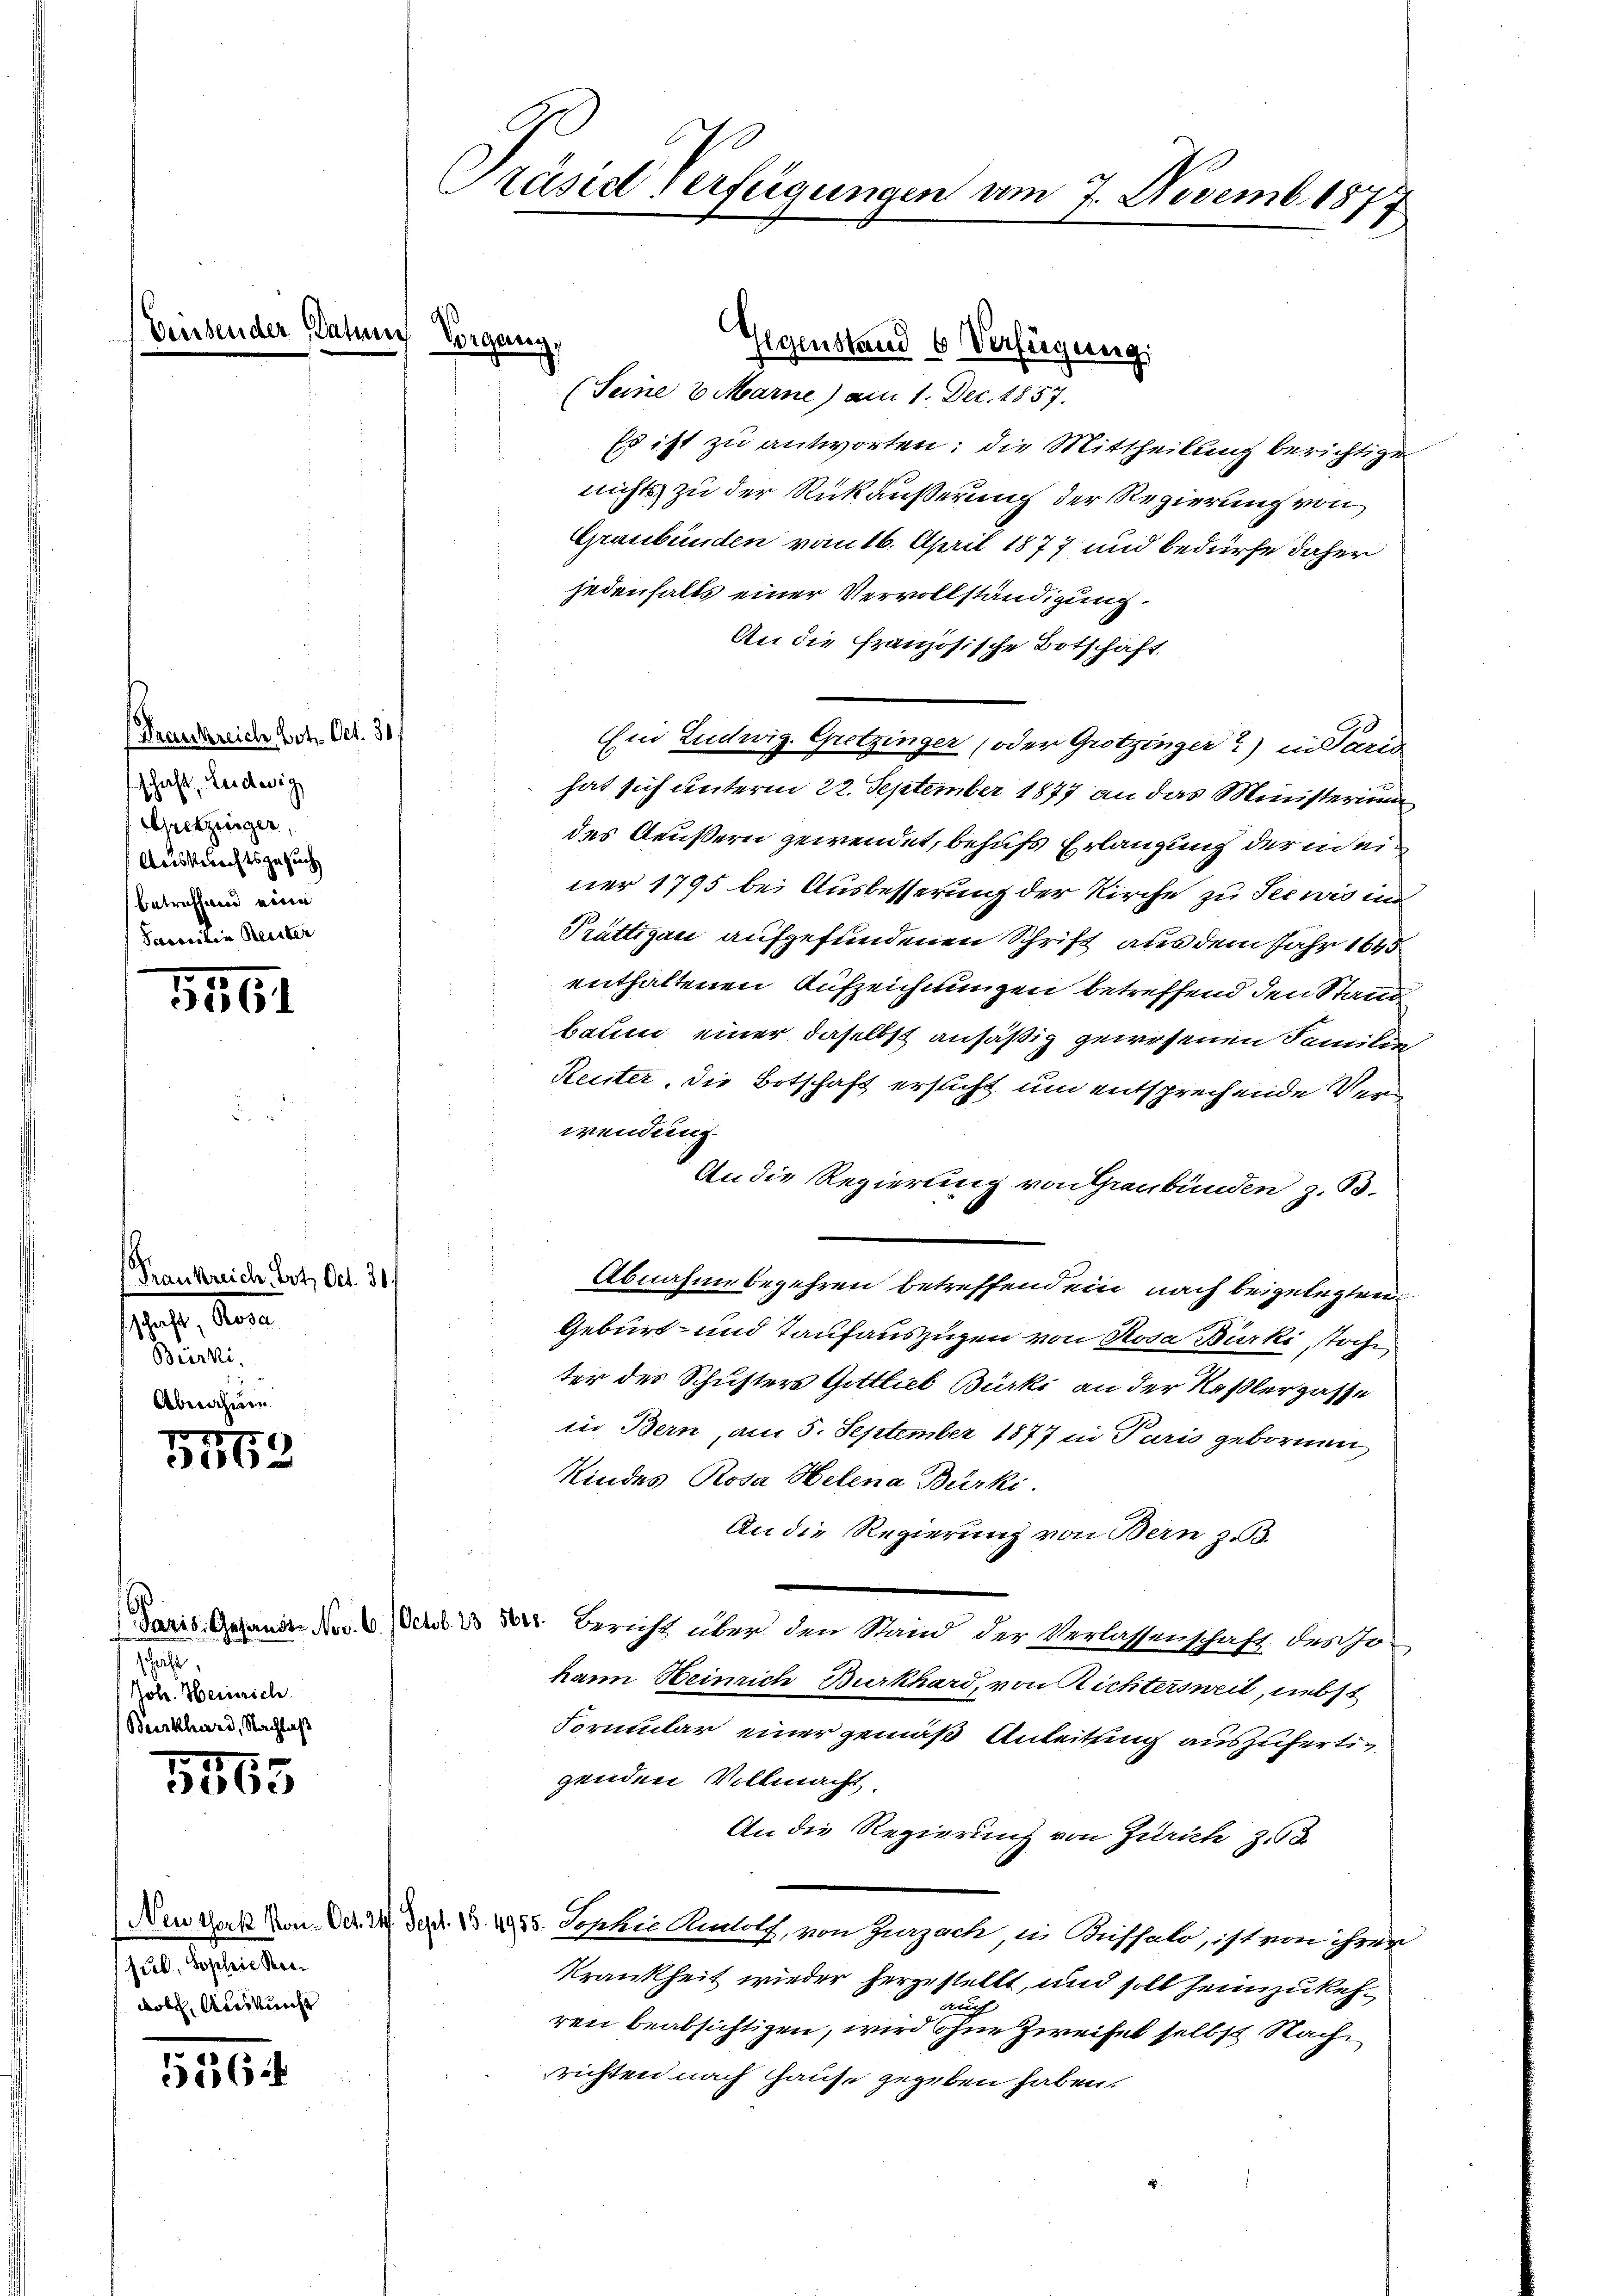
Trüssen der Datum Vorgang,

(Frankreich Bote. Oct. 31
schaft, Ludwig,
Spetziger,
Ausberechtsgesuch
betreffend eine
Scacciden Reniten

5561

(Frankreich Art. Oct. 31.
schaft, Rosa
Bürki.
Abnahme

5153

5565

51364

schaft
Holz. Heinrich
(Burkhard, Nachlaß

Gegenstand 6 Verfügung,
(Seine 2 Marne) am 1. Dec. 1857.

sub. Sophie Reidob. Auskunft

Präsid Verfügungen am 7. Novemb. 1877

Es ist zu antworten: die Mittheilung berichtige
nichts zu der Rückäußerung der Regierung von
Graubünden vom 16. April 1877 und bedürfe daher
jedenfalls einer Vervollständigung.
An die französische Botschäft,
Ein Ludwig. Grotzinger (oder Grotzinger?) in Paris
hat sich unterm 22. September 1877 an das Ministerium
des Aeußern gewendet, behufs Erlangung der id einer 1795 bei Ausbesserung der Kirche zu Seewis in
Prättigau aufgefundenen Schrift aus dem Jahr 1645
enthaltenen Aufzeichnungen betreffend den Stand
baum einer daselbst ansäßig gewesenen Familie
Reiter, die Botschaft ersucht um entsprechende Verwendung.
An die Regierung von Graubünden z. B.
Abnahme begehren betreffendem nach beigelegten
Geburt- und Taufauszügen von Rosa Bürki, Tochter der Schusters Gottlieb Bürki an der Keßlerzaffe
in Bern, am 5. September 1877 in Paris gebornen
Kindes Rosa Helena Bürki.
An die Regierung von Bern zu 3.
Paris, Gesandte Nov. 6. Octb. 23 Fr. Bericht über den Stand der Verlassenschaft des sokann Heinrich Burkhard, von Richtersweil, nebst
Formular einer gemäß Anleitung auszufertig
genden Vollmacht
An die Regierung von Zürich zu
Den Gaß von Der 2. Dez. B. 1985. Sepkić Amlolf, von Zurzach, in Küssel, ist von ihrer
Krankheit wieder herzustellt, und soll heimzukehren beabsichtigen, wird ohne Zweifel selbst Nachrichten nach Hause gegeben haben.